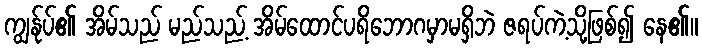
ကျွန်ုပ်၏ အိမ်သည် မည်သည့် အိမ်ထောင်ပရိဘောဂမှာမရှိဘဲ ဇရပ်ကဲ့သို့ဖြစ်၍ နေ၏။